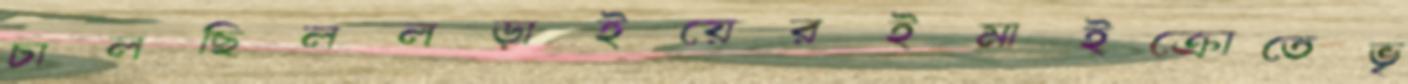
চালছিললড়াইয়েরইমাইক্রোতেভৃ